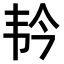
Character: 𫖑